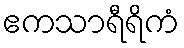
ဧကသာရီရိကံ